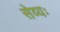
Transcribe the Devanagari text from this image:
सेव्यः